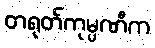
တရုတ်ကုမ္ပဏီက